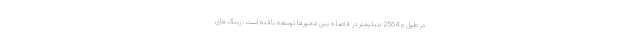
در طول و 2564 میلیمتر در فاصله بین محورها توسعه یافته است. رینگ های